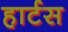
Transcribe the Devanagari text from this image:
हार्टस